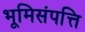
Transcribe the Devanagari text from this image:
भूमिसंपत्ति